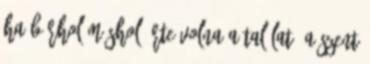
ha bárhol máshol érte volna a találat, a Szent